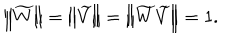
LaTeX: \left\| \widetilde { W } \right\| = \left\| \widetilde { V } \right\| = \left\| \widetilde { W } \widetilde { V } \right\| = 1 .